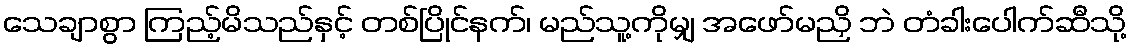
သေချာစွာ ကြည့်မိသည်နှင့် တစ်ပြိုင်နက်၊ မည်သူ့ကိုမျှ အဖော်မညှိ ဘဲ တံခါးပေါက်ဆီသို့